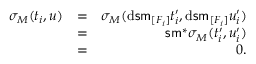
\begin{array} { r l r } { \sigma _ { M } ( t _ { i } , u ) } & { = } & { \sigma _ { M } ( \mathrm { d } \mathsf { s m } _ { [ F _ { i } ] } t _ { i } ^ { \prime } , \mathrm { d } \mathsf { s m } _ { [ F _ { i } ] } u _ { i } ^ { \prime } ) } \\ & { = } & { \mathsf { s m } ^ { * } \sigma _ { M } ( t _ { i } ^ { \prime } , u _ { i } ^ { \prime } ) } \\ & { = } & { 0 . } \end{array}